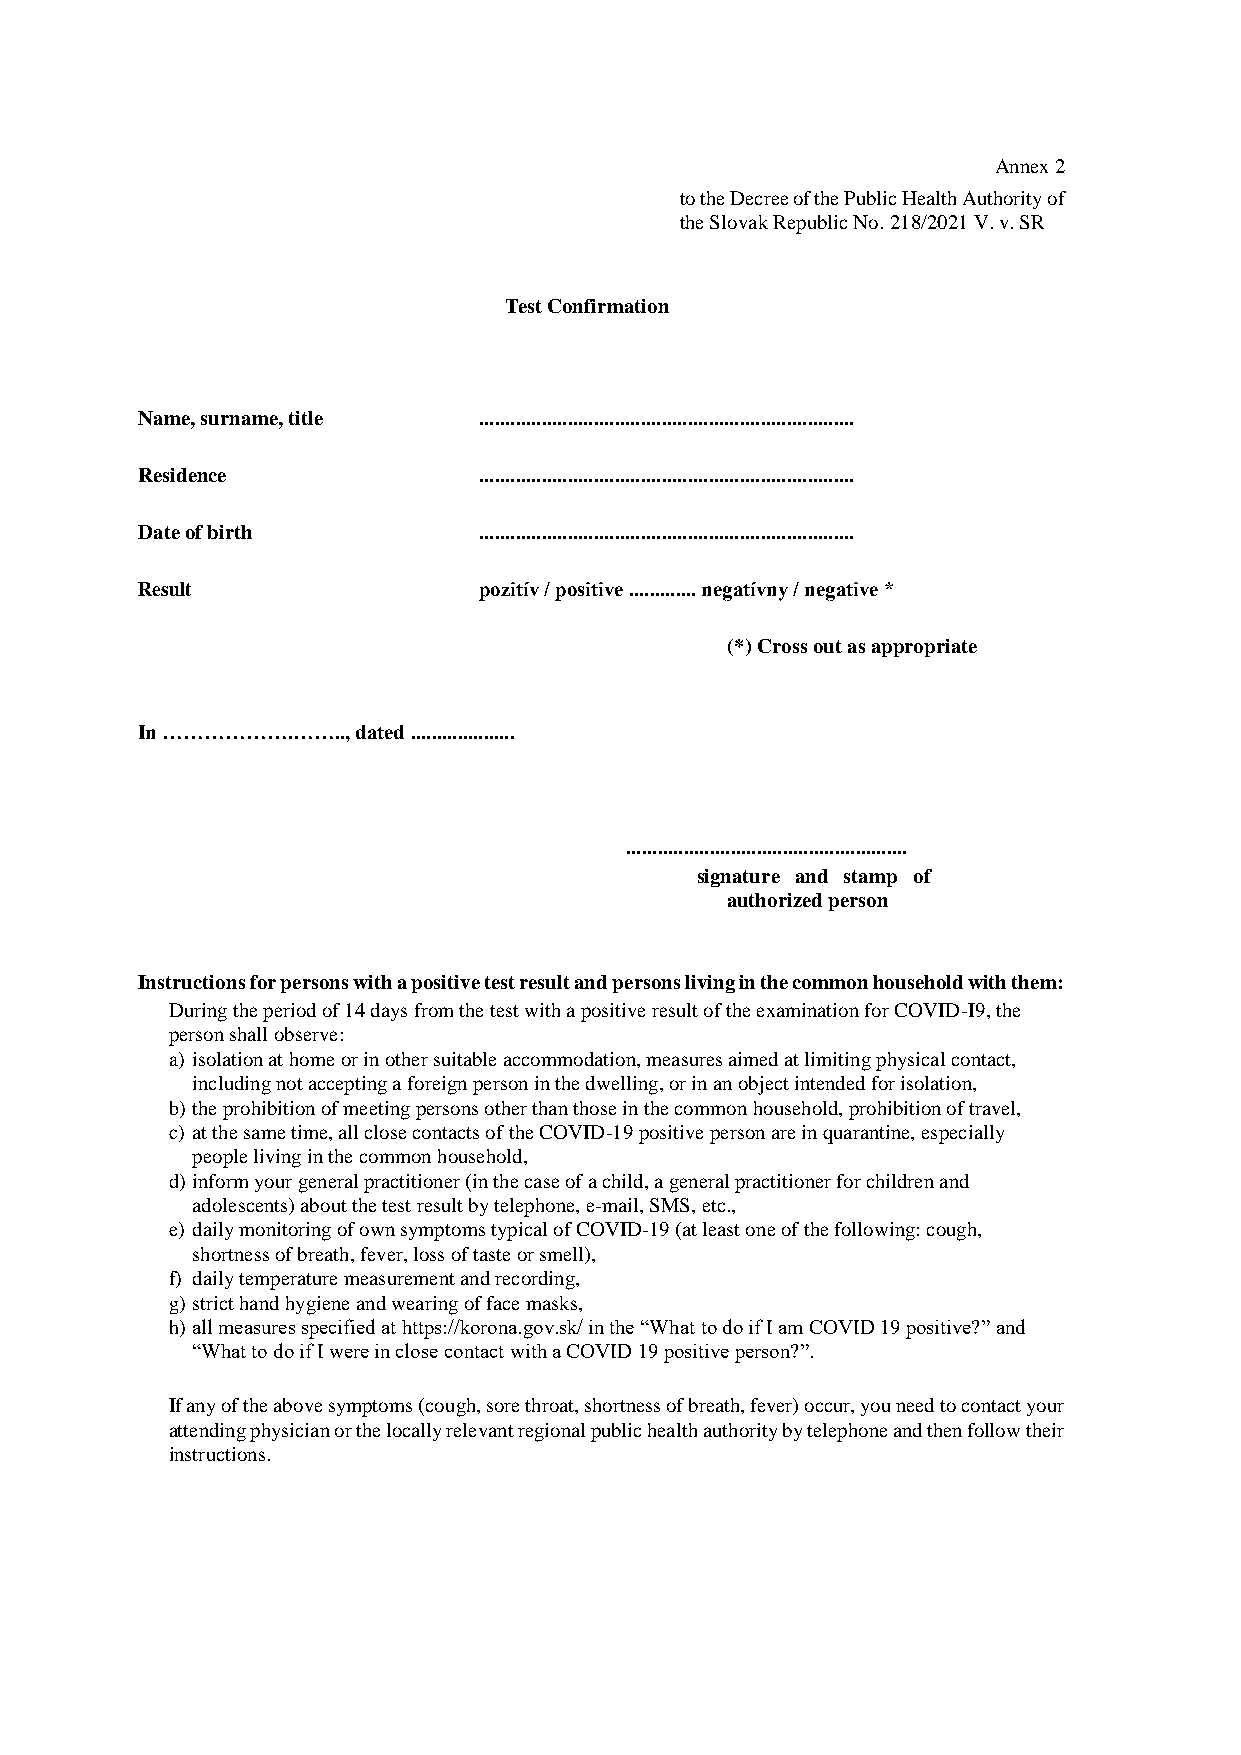
Annex 2
 to the Decree of the Public Health Authority of
 the Slovak Republic No. 218/2021 V. v. SR
 Test Confirmation
 Name, surname, title   ........................................................................
 Residence              ........................................................................
 Date of birth          ........................................................................
 Result                 pozitív / positive ............. negatívny / negative *
 (*) Cross out as appropriate
 In ……………….…….., dated ....................
 ......................................................
 signature and stamp of
 authorized person
 Instructions for persons with a positive test result and persons living in the common household with them:
 During the period of 14 days from the test with a positive result of the examination for COVID-I9, the
 person shall observe:
 a) isolation at home or in other suitable accommodation, measures aimed at limiting physical contact,
 including not accepting a foreign person in the dwelling, or in an object intended for isolation,
 b) the prohibition of meeting persons other than those in the common household, prohibition of travel,
 c) at the same time, all close contacts of the COVID-19 positive person are in quarantine, especially
 people living in the common household,
 d) inform your general practitioner (in the case of a child, a general practitioner for children and
 adolescents) about the test result by telephone, e-mail, SMS, etc.,
 e) daily monitoring of own symptoms typical of COVID-19 (at least one of the following: cough,
 shortness of breath, fever, loss of taste or smell),
 f) daily temperature measurement and recording,
 g) strict hand hygiene and wearing of face masks,
 h) all measures specified at https://korona.gov.sk/ in the “What to do if I am COVID 19 positive?” and
 “What to do if I were in close contact with a COVID 19 positive person?”.
 If any of the above symptoms (cough, sore throat, shortness of breath, fever) occur, you need to contact your
 attending physician or the locally relevant regional public health authority by telephone and then follow their
 instructions.